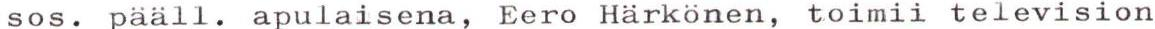
sos. pääll. apulaisena, Eero Härkönen, toimii television